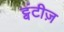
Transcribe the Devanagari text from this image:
ट्वंटीज़